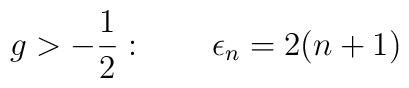
g>-{1\over 2}:\qquad \epsilon_{n} = 2(n+1)